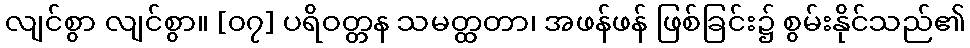
လျင်စွာ လျင်စွာ။ [၀၇] ပရိဝတ္တန သမတ္ထတာ၊ အဖန်ဖန် ဖြစ်ခြင်း၌ စွမ်းနိုင်သည်၏